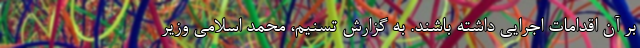
بر آن اقدامات اجرایی داشته باشند. به گزارش تسنیم، محمد اسلامی وزیر